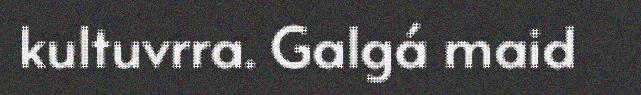
kultuvrra. Galgá maid